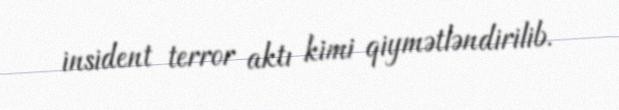
insident terror aktı kimi qiymətləndirilib.